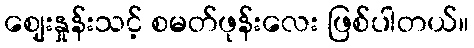
ဈေးနှုန်းသင့် စမတ်ဖုန်းလေး ဖြစ်ပါတယ်။